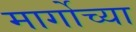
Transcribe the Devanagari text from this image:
मार्गोच्या